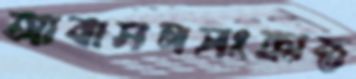
আবাসনসংক্রান্ত